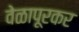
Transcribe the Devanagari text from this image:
वेळापूरकर